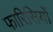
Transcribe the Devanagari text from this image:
फारिसियों